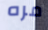
مره